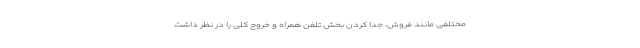
مختلفی مانند فروش، جدا کردن بخش تلفن همراه و خروج کلی را در نظر داشت